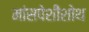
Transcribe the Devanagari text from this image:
मांसपेशीशोथ